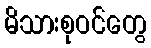
မိသားစုဝင်တွေ